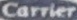
Carrier